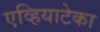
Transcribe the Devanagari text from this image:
एव्हियाटेका